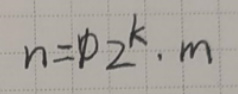
\[n = 2^{k}\cdot m\]